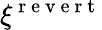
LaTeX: \xi^{\mathrm{~r~e~v~e~r~t~}}